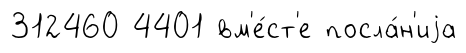
312460 4401 вм'е́ст'е посла́н'иjа